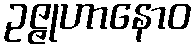
ဥဇ္ဇုဟာနောဝ